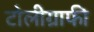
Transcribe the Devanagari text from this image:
टोलीग्राफी